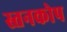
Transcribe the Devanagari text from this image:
स्तनकोप